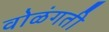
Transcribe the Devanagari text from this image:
वोळंगती